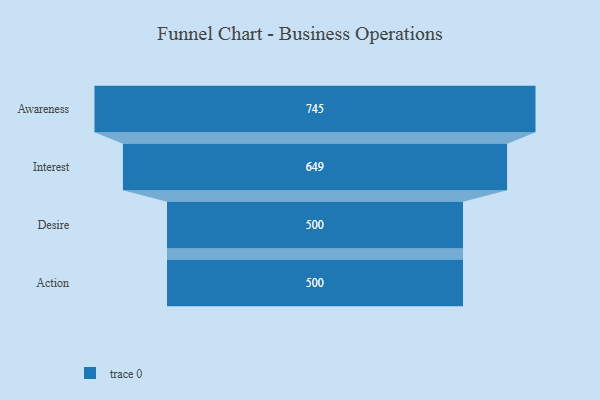
{"axis": {"x": "Stage", "y": "Value"}, "legend": [""], "data": [{"x": "Awareness", "y": 745.0, "type": ""}, {"x": "Interest", "y": 649.0, "type": ""}, {"x": "Desire", "y": 500, "type": ""}, {"x": "Action", "y": 500, "type": ""}]}